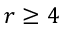
r \ge 4